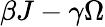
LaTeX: \beta J-\gamma\Omega